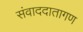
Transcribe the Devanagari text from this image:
संवाददातागण